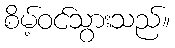
စိမ့်ဝင်သွားသည်။